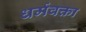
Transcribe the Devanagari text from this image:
धर्मवक्ता